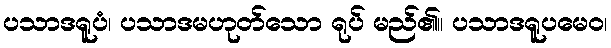
ပသာဒရူပံ၊ ပသာဒမဟုတ်သော ရုပ် မည်၏။ ပသာဒရူပမေဝ၊